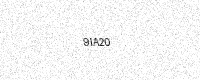
Text: 9IA20